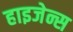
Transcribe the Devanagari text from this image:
हाइजेन्स